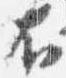
右